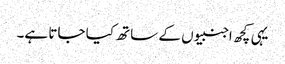
یہی کچھ اجنبیوں کے ساتھ کیا جاتا ہے۔